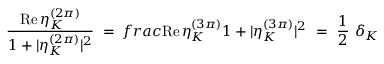
\frac { \mathrm { R e } \, \eta _ { K } ^ { ( 2 \pi ) } } { 1 + | \eta _ { K } ^ { ( 2 \pi ) } | ^ { 2 } } \ = \, f r a c { \mathrm { R e } \, \eta _ { K } ^ { ( 3 \pi ) } } { 1 + | \eta _ { K } ^ { ( 3 \pi ) } | ^ { 2 } } \ = \ \frac 1 2 \ \delta _ { K }